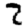
Digit: 2